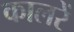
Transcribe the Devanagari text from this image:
कालरें